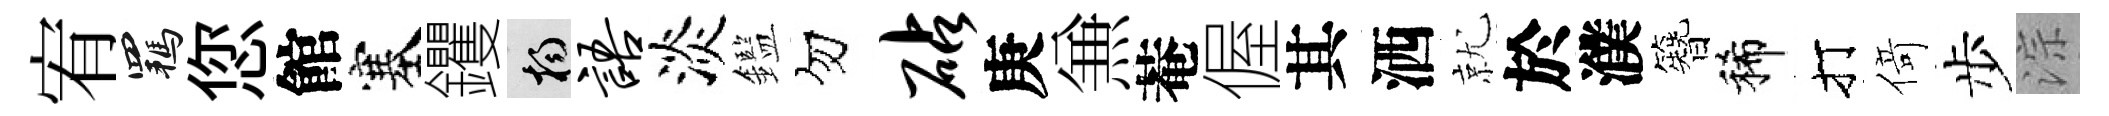
宥羈您館塞钁楊语淡鑑勿砧庚𠔥菴偓其洒就於濮簪稀打𠋣步淙